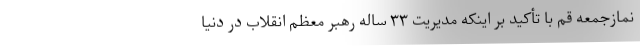
نمازجمعه قم با تأکید بر اینکه مدیریت ۳۳ ساله رهبر معظم انقلاب در دنیا